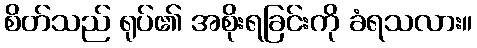
စိတ်သည် ရုပ်၏ အစိုးရခြင်းကို ခံရသလား။